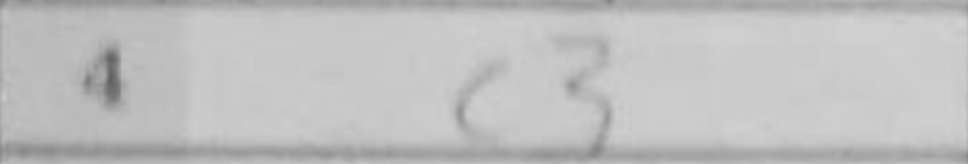
Transcription: c3